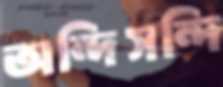
অন্দিসন্দি